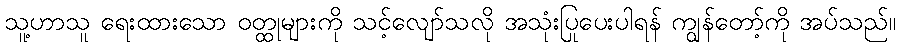
သူ့ဟာသူ ရေးထားသော ဝတ္ထုများကို သင့်လျော်သလို အသုံးပြုပေးပါရန် ကျွန်တော့်ကို အပ်သည်။